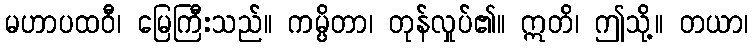
မဟာပထဝီ၊ မြေကြီးသည်။ ကမ္ပိတာ၊ တုန်လှုပ်၏။ ဣတိ၊ ဤသို့။ တယာ၊